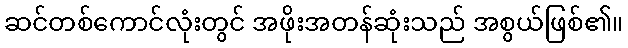
ဆင်တစ်ကောင်လုံးတွင် အဖိုးအတန်ဆုံးသည် အစွယ်ဖြစ်၏။